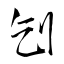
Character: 刉